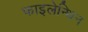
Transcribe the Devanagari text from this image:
फाइलेन्थिन